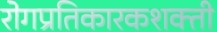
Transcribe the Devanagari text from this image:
रोगप्रतिकारकशक्ती